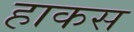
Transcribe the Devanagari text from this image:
हाकस